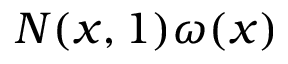
N ( x , 1 ) \omega ( x )